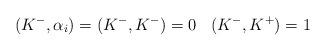
LaTeX: \begin{align*}(K^{-}, \alpha_{i}) = (K^{-}, K^{-}) = 0 \:\:\:\: (K^{-}, K^{+}) = 1\end{align*}